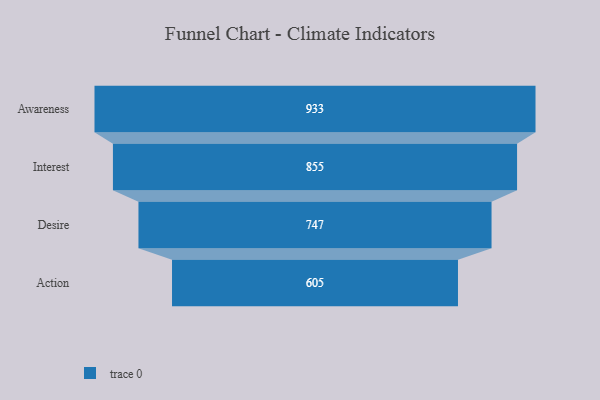
{"axis": {"x": "Stage", "y": "Value"}, "legend": [""], "data": [{"x": "Awareness", "y": 933.0, "type": ""}, {"x": "Interest", "y": 855.0, "type": ""}, {"x": "Desire", "y": 747.0, "type": ""}, {"x": "Action", "y": 605.0, "type": ""}]}